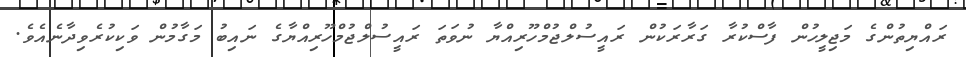
ރައްޔިތުންގެ މަޖިލީހުން ފާސްކުރާ ގަރާރަކުން ރައީސުލްޖުމްހޫރިއްޔާ ނުވަތަ ރައީސުލްޖުމްހޫރިއްޔާގެ ނައިބު މަގާމުން ވަކިކުރެވިދާނެއެވެ.